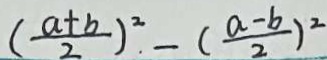
( \frac { a + b } { 2 } ) ^ { 2 } - ( \frac { a - b } { 2 } ) ^ { 2 }